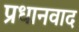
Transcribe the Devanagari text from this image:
प्रधानवाद